Scottish Certificate of Education, 1962
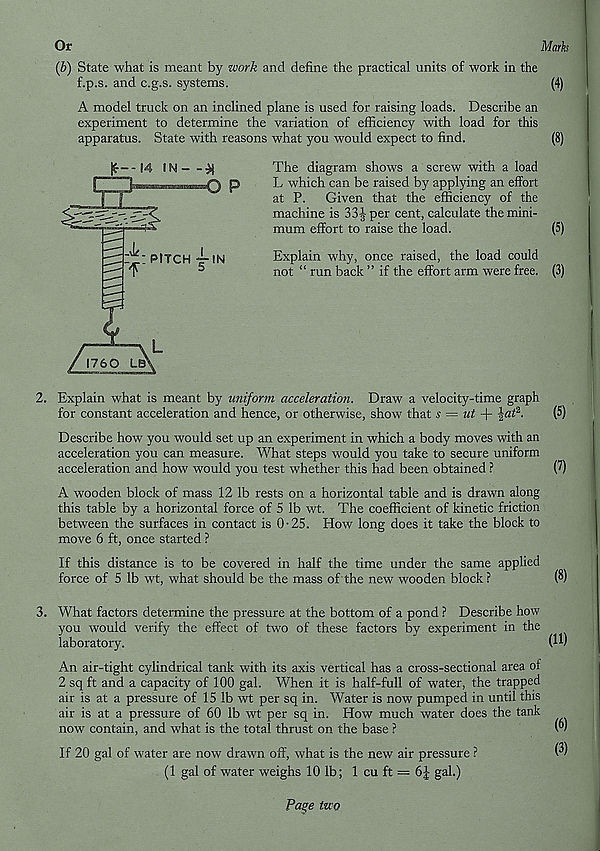
Or
Mark
(b) State what is meant by work and define the practical units of work in the
f.p.s. and c.g.s. systems.
(4)
A model truck on an inclined plane is used for raising loads. Describe an
experiment to determine the variation of efficiency with load for this
apparatus. State with reasons what you would expect to find.
(8)
14 IN -
EX
<>P
"i: PITCH 4-IN
f
5
X
\ L
/ 1760 LB\
The diagram shows a screw with a load
L which can be raised by applying an effort
at P. Given that the efficiency of the
machine is 33| per cent, calculate the mini-
mum effort to raise the load.
(5)
Explain why, once raised, the load could
not “ run back ” if the effort arm were free. (3)
2. Explain what is meant by uniform acceleration. Draw a velocity-time graph
for constant acceleration and hence, or otherwise, show that s — ut -f \at 2 .
(5)
Describe how you would set up an experiment in which a body moves with an
acceleration you can measure. What steps would you take to secure uniform
acceleration and how would you test whether this had been obtained ?
(7)
A wooden block of mass 12 lb rests on a horizontal table and is drawn along
this table by a horizontal force of 5 lb wt. The coefficient of kinetic friction
between the surfaces in contact is 0-25. How long does it take the block to
move 6 ft, once started ?
If this distance is to be covered in half the time under the same applied
force of 5 lb wt, what should be the mass of the new wooden block ?
(8)
3. What factors determine the pressure at the bottom of a pond ? Describe how
you would verify the effect of two of these factors by experiment in the
laboratory.
(W
An air-tight cylindrical tank with its axis vertical has a cross-sectional area of
2 sq ft and a capacity of 100 gal. When it is half-full of water, the trapped
air is at a pressure of 15 lb wt per sq in. Water is now pumped in until this
air is at a pressure of 60 lb wt per sq in. How much water does the tank
now contain, and what is the total thrust on the base ?
vV
If 20 gal of water are now drawn off, what is the new air pressure ?
W
(1 gal of water weighs 10 lb; 1 cu ft = 6|- gal.)
Page two